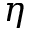
\eta